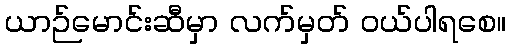
ယာဉ်မောင်းဆီမှာ လက်မှတ် ဝယ်ပါရစေ။